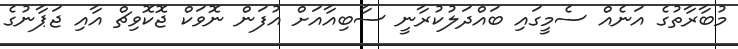
މުބާރާތުގެ އަނެއް ސެމީގައި ބައްދަލުކުރާނީ ސާބިއާއަށް އުފަން ނޮވަކް ޖޮކޮވިޗް އާއި ޖަޕާނުގެ